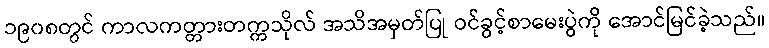
၁၉၀၈တွင် ကာလကတ္တားတက္ကသိုလ် အသိအမှတ်ပြု ဝင်ခွင့်စာမေးပွဲကို အောင်မြင်ခဲ့သည်။